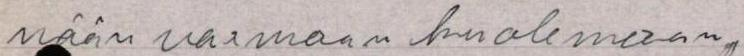
nään varmaan kuolemaan,